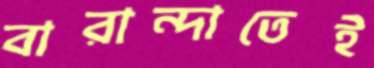
বারান্দাতেই